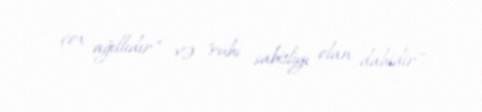
çox ağıllıdır" və "ruhi sabitliyi olan dahidir".